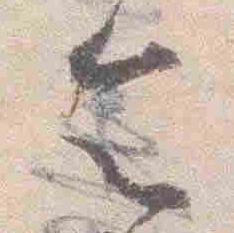
令